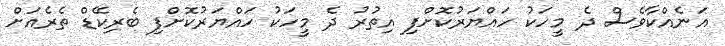
އަނެއްކާވެސް ދެ މީހަކު ހައްޔަރުކޮށްފި އިތުރު ދެ މީހަކު ހައްޔަރުކޮށްފި ބެރިކޭޑް ތެރެއަށް